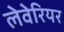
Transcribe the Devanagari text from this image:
लेवेरियर